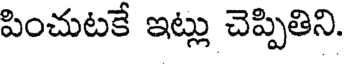
పించుటకే ఇట్లు చెప్పితిని.